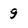
Character: 9